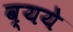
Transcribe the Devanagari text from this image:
व्यये